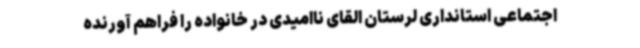
اجتماعی استانداری لرستان القای ناامیدی در خانواده را فراهم آورنده